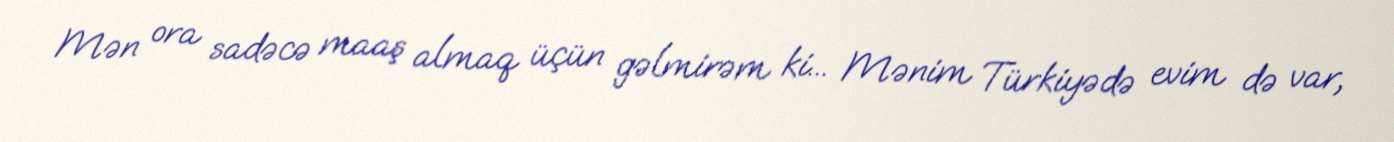
Mən ora sadəcə maaş almaq üçün gəlmirəm ki... Mənim Türkiyədə evim də var,